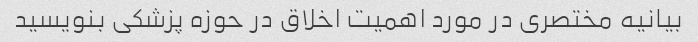
بیانیه مختصری در مورد اهمیت اخلاق در حوزه پزشکی بنویسید